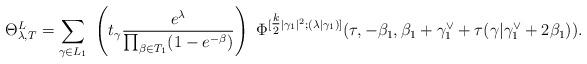
LaTeX: \begin{align*}\Theta^L_{\lambda, T} = \sum_{\gamma \in L_1} \ \left( t_{\gamma} \frac{e^{\lambda}}{\prod_{\beta \in T_1} (1-e^{-\beta})} \right) \ \Phi^{[\tfrac{k}{2} | \gamma_1 |^2; (\lambda| \gamma_1)]} (\tau,- \beta_1, \beta_1 + \gamma^\vee_1 + \tau (\gamma | \gamma^\vee_1 + 2 \beta_1)).\end{align*}